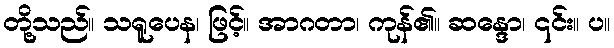
တို့သည်။ သရူပေန၊ ဖြင့်။ အာဂတာ၊ ကုန်၏။ ဆန္ဒော၊ ၎င်း။ ပ။